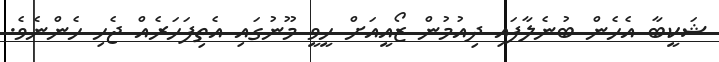
ޝަކީބާ އެހެން ބުނެލާފައި ދިއުމުން ޒޯއީއަށް ހީވީ މޫނުގައި އެތިފަހަރެއް ޖެހި ހެންނެވެ.